Annual statistical returns and brief notes on vaccination in Bengal - 1909-1929
Year: 1909
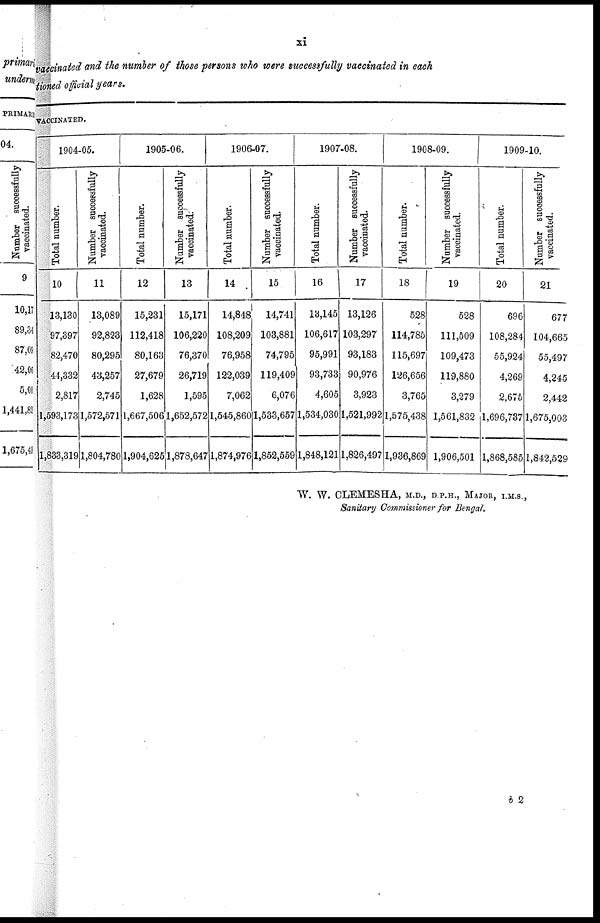
xi
vaccinated and the number of those persons who were successfully vaccinated in each
tioned official years.
VACCINATED.
1904-05.
Total number.
10
13,130
97,397
82,470
44,332
2,817
1,593,173
1,833,319
Number successfully
vaccinated.
11
13,089
92,825
80,295
43,257
2,745
1,572,571
1,804,780
1905-06.
Total number.
12
15,231
112,418
80,163
27,679
1,628
1,667,506
1,904,625
Number successfully
vaccinated.
13
15,171
106,220
76,370
26,719
1,595
1,652,572
1,878,647
1906-07.
Total number.
14
14,848
108,209
76,958
122,039
7,062
1,545,860
1,874,976
Number successfully
vaccinated.
15
14,741
103,881
74,795
119,409
6,076
1,533,657
1,852,559
1907-08.
Total number.
16
13,145
106,617
95,991
93,733
4,605
1,534,030
1,848,121
Number successfully
vaccinated.
17
13,126
103,297
93,183
90,976
3,923
1,521,992
1,826,497
1908-09.
Total number.
18
528
114,785
115,697
126,656
3,765
1,575,438
1,936,869
Number successfully
vaccinated.
19
528
111,509
109,473
119,880
3,279
1,561,832
1,906,501
1909-10.
Total number.
20
696
108,284
55,924
4,269
2,675
1,696,737
1,868,585
Number successfully
vaccinated.
21
677
104,665
55,497
4,245
2,442
1,675,003
1,842,529
W. W. CLEMESHA, M.D., D.P.H., MAJOR, I.M.S.,
Sanitary Commissioner for Bengal.
b 2